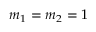
m _ { 1 } = m _ { 2 } = 1